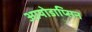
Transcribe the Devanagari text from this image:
आयोडाप्सिन